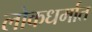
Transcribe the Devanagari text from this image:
लोकधर्मात